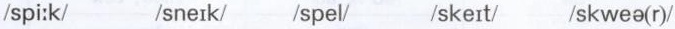
/spi:k/ /sneɪk/ /spel/ /skeɪt/ /skweə(r)/